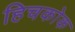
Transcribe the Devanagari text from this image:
हिचकोक